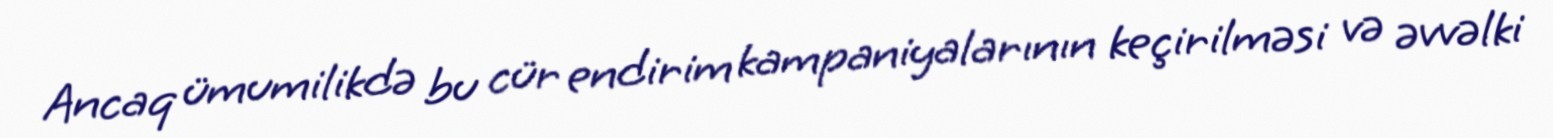
Ancaq ümumilikdə bu cür endirim kampaniyalarının keçirilməsi və əvvəlki